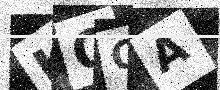
Text: KQQA